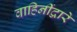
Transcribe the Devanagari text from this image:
वाहिनींद्वारे